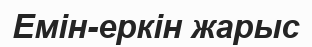
Емін-еркін жарыс